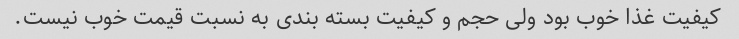
کیفیت غذا خوب بود ولی حجم و کیفیت بسته بندی به نسبت قیمت خوب نیست.